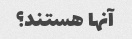
آنها هستند؟